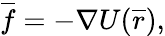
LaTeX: {\overline{{f}}}=-{\nabla U}({\overline{{r}}}),